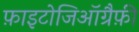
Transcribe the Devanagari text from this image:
फ़ाइटोजिऑग्रैफ़ी